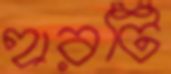
হারটি